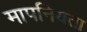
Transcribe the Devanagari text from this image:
मापनियता